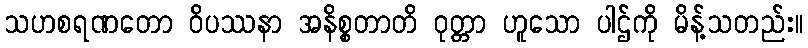
သဟစရဏတော ဝိပဿနာ အနိစ္စတာတိ ဝုတ္တာ ဟူသော ပါဌ်ကို မိန့်သတည်း။